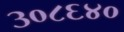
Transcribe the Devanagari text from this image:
३०८६४०